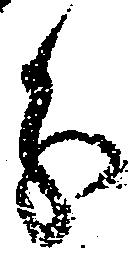
分